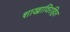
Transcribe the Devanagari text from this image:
शाखाविरहित